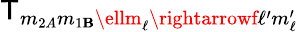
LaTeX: \mathsf{T}_{m_{2A}m_{1\mathbf{B}}\ellm_{\ell}\rightarrowf\ell^{\prime}m_{\ell}^{\prime}}